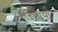
સરખાવી